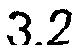
3.2